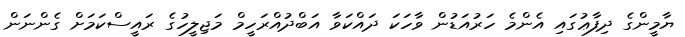
ޔާމީންގެ ދިފާޢުގައި އެންމެ ހަރުއަޑުން ވާހަކަ ދައްކަވާ އަބްދުއްރަހީމް މަޖިލީހުގެ ރައީސްކަމަށް ގެންނަން